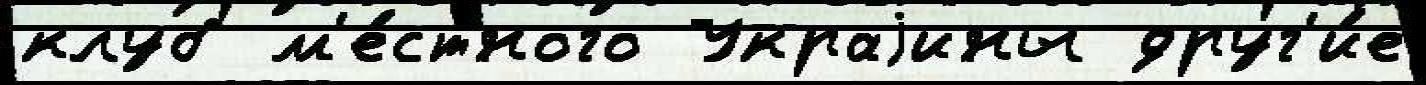
клуб м'е́стного Украjины друг'и́е